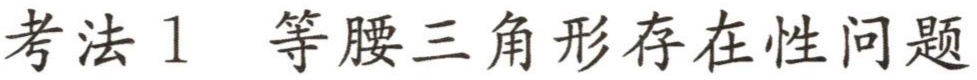
考法1 等腰三角形存在性问题